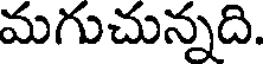
మగుచున్నది.